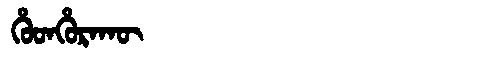
Manchu: ᡥᡠᡨᡥᡠᡵᠠᡴᡡ
Romanization: HUTHURAKŪ